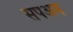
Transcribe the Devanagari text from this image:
सपअम